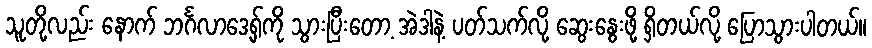
သူတို့လည်း နောက် ဘင်္ဂလာဒေ့ရှ်ကို သွားပြီးတော့ အဲဒါနဲ့ ပတ်သက်လို့ ဆွေးနွေးဖို့ ရှိတယ်လို့ ပြောသွားပါတယ်။